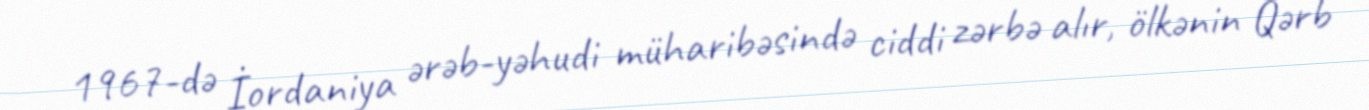
1967-də İordaniya ərəb-yəhudi müharibəsində ciddi zərbə alır, ölkənin Qərb